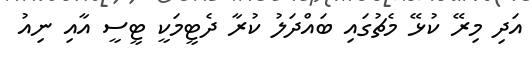
އަދި މިރޭ ކުޅޭ މެޗުގައި ބައްދަލު ކުރާ ދެޓީމަކީ ޓީސީ އާއި ނިއު